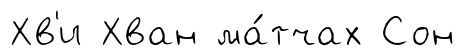
Хв'и Хван ма́тчах Сон